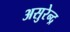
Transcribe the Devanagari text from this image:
असुरेन्द्र